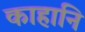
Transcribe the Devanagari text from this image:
काहानि